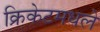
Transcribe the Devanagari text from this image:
क्रिकेटमधले